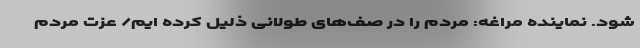
شود. نماینده مراغه: مردم را در صف‌های طولانی ذلیل کرده ایم/ عزت مردم